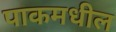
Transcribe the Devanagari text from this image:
पाकमधील